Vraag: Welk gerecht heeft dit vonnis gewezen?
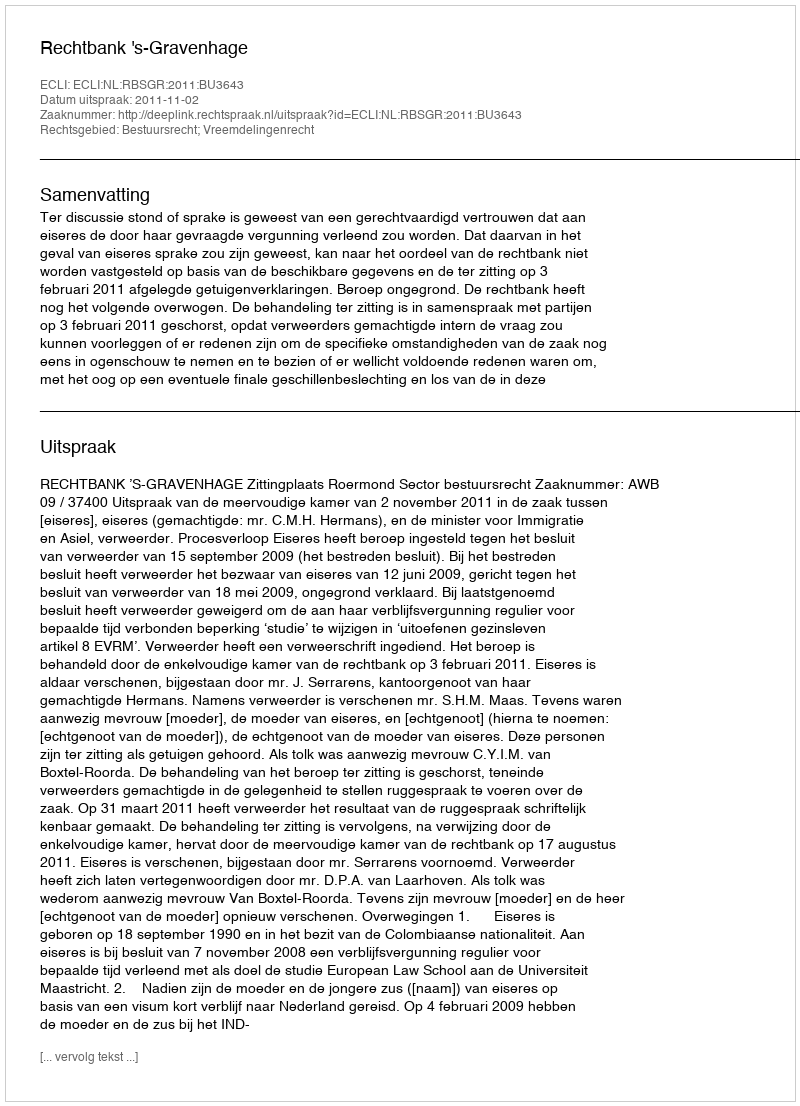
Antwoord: Rechtbank 's-Gravenhage